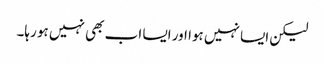
لیکن ایسا نہیں ہوا اور ایسا اب بھی نہیں ہو رہا۔